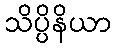
သိပ္ပိနိယာ